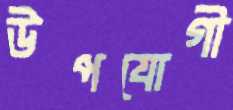
উপযোগী